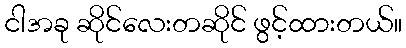
ငါအခု ဆိုင်လေးတဆိုင် ဖွင့်ထားတယ်။